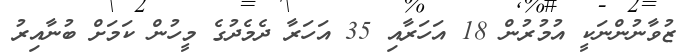
ޒުވާނުންނަކީ އުމުރުން 18 އަހަރާއި 35 އަހަރާ ދެމެދުގެ މީހުން ކަމަށް ބުނާއިރު